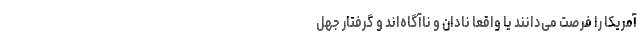
آمریکا را فرصت می‌دانند یا واقعاً نادان و ناآگاه‌اند و گرفتار جهل